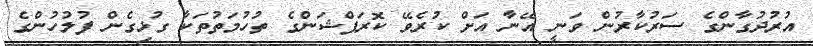
އުރުދުގާންގެ ސަރުކާރުން ވަނީ އޭނާ އަށް ކުރެވޭ ކޮރަޕްޝަންގެ ތުހުމަތުތަކާ ގުޅިގެން ފުލުހުންގެ